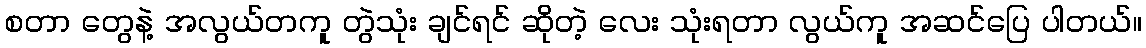
စတာ တွေနဲ့ အလွယ်တကူ တွဲသုံး ချင်ရင် ဆိုတဲ့ လေး သုံးရတာ လွယ်ကူ အဆင်ပြေ ပါတယ်။